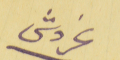
غروش